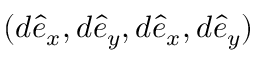
( d \hat { e } _ { x } , d \hat { e } _ { y } , d \hat { e } _ { x } , d \hat { e } _ { y } )